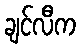
ချင်လီက